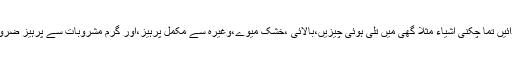
مضر غذائیں تما چکنی اشیاء مثلاً گھی میں تلی ہوئی چیزیں،بالائی ،خشک میوے،وغیرہ سے مکمل پرہیز،اور گرم مشروبات سے پرہیز ضروری ہے۔